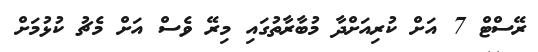
ރޭސްޓް 7 އަށް ކުރިއަށްދާ މުބާރާތުގައި މިރޭ ވެސް އަށް މެޗު ކުޅުމަށް